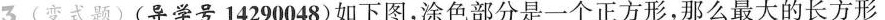
3(变式题)(导学号14290048)如下图，涂色部分是一个正方形，那么最大的长方形